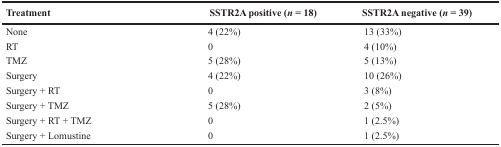
| Treatment | SSTR2A positive (n = 18) | SSTR2A negative (n = 39) |
 | --- | --- | --- |
 | None | 4 (22%) | 13 (33%) |
 | RT | 0 | 4 (10%) |
 | TMZ | 5 (28%) | 5 (13%) |
 | Surgery | 4 (22%) | 10 (26%) |
 | Surgery + RT | 0 | 3 (8%) |
 | Surgery + TMZ | 5 (28%) | 2 (5%) |
 | Surgery + RT + TMZ | 0 | 1 (2.5%) |
 | Surgery + Lomustine | 0 | 1 (2.5%) |